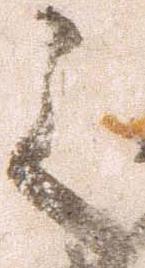
之